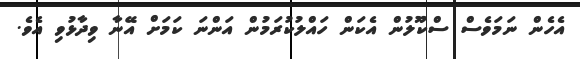
އެހެން ނަމަވެސް ސްކޫލުން އެކަން ހައްލުކުރަމުން އަންނަ ކަމަށް އޭނާ ވިދާޅުވި އެވެ.